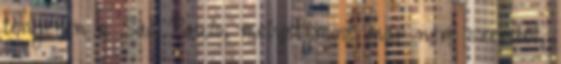
tengeren a Sao Paulo, melyet most már nem szemből,